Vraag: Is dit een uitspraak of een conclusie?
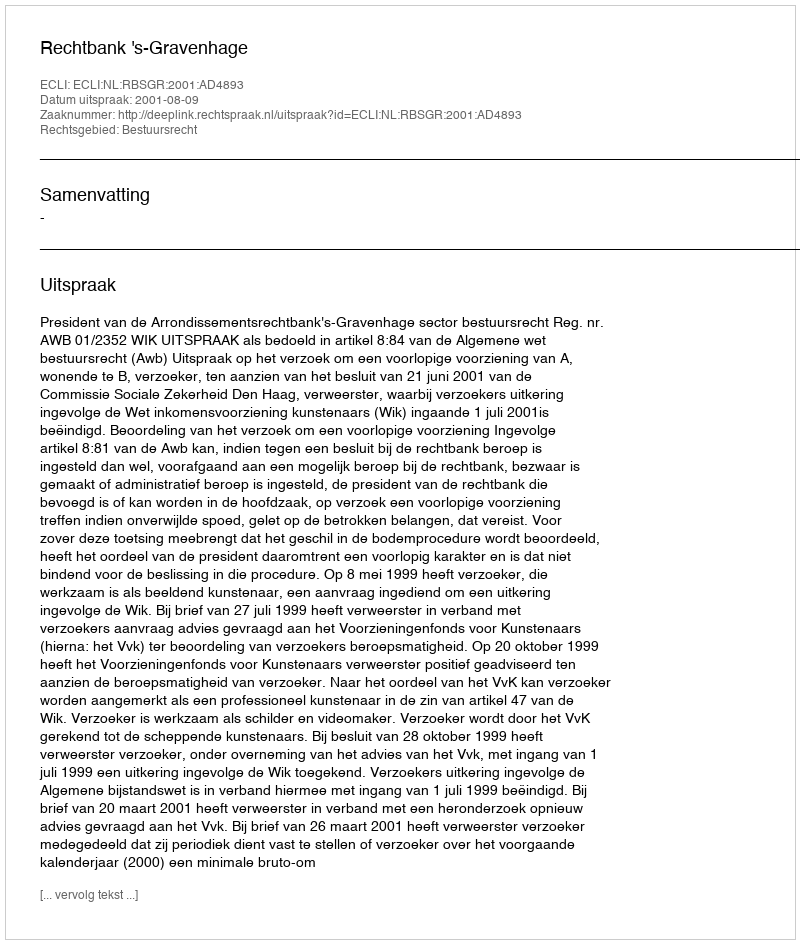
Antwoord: Uitspraak